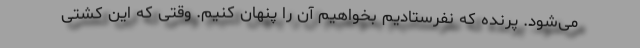
می‌شود. پرنده که نفرستادیم بخواهیم آن را پنهان کنیم. وقتی که این کشتی